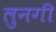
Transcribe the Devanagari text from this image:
लुनगी